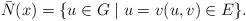
\begin{align*}\bar{N}(x) = \{u\in G\mid u=v (u,v)\in E\}.\end{align*}